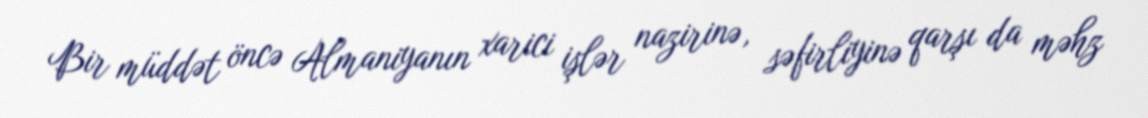
Bir müddət öncə Almaniyanın xarici işlər nazirinə, səfirliyinə qarşı da məhz